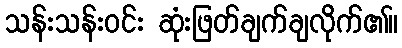
သန်းသန်းဝင်း ဆုံးဖြတ်ချက်ချလိုက်၏။